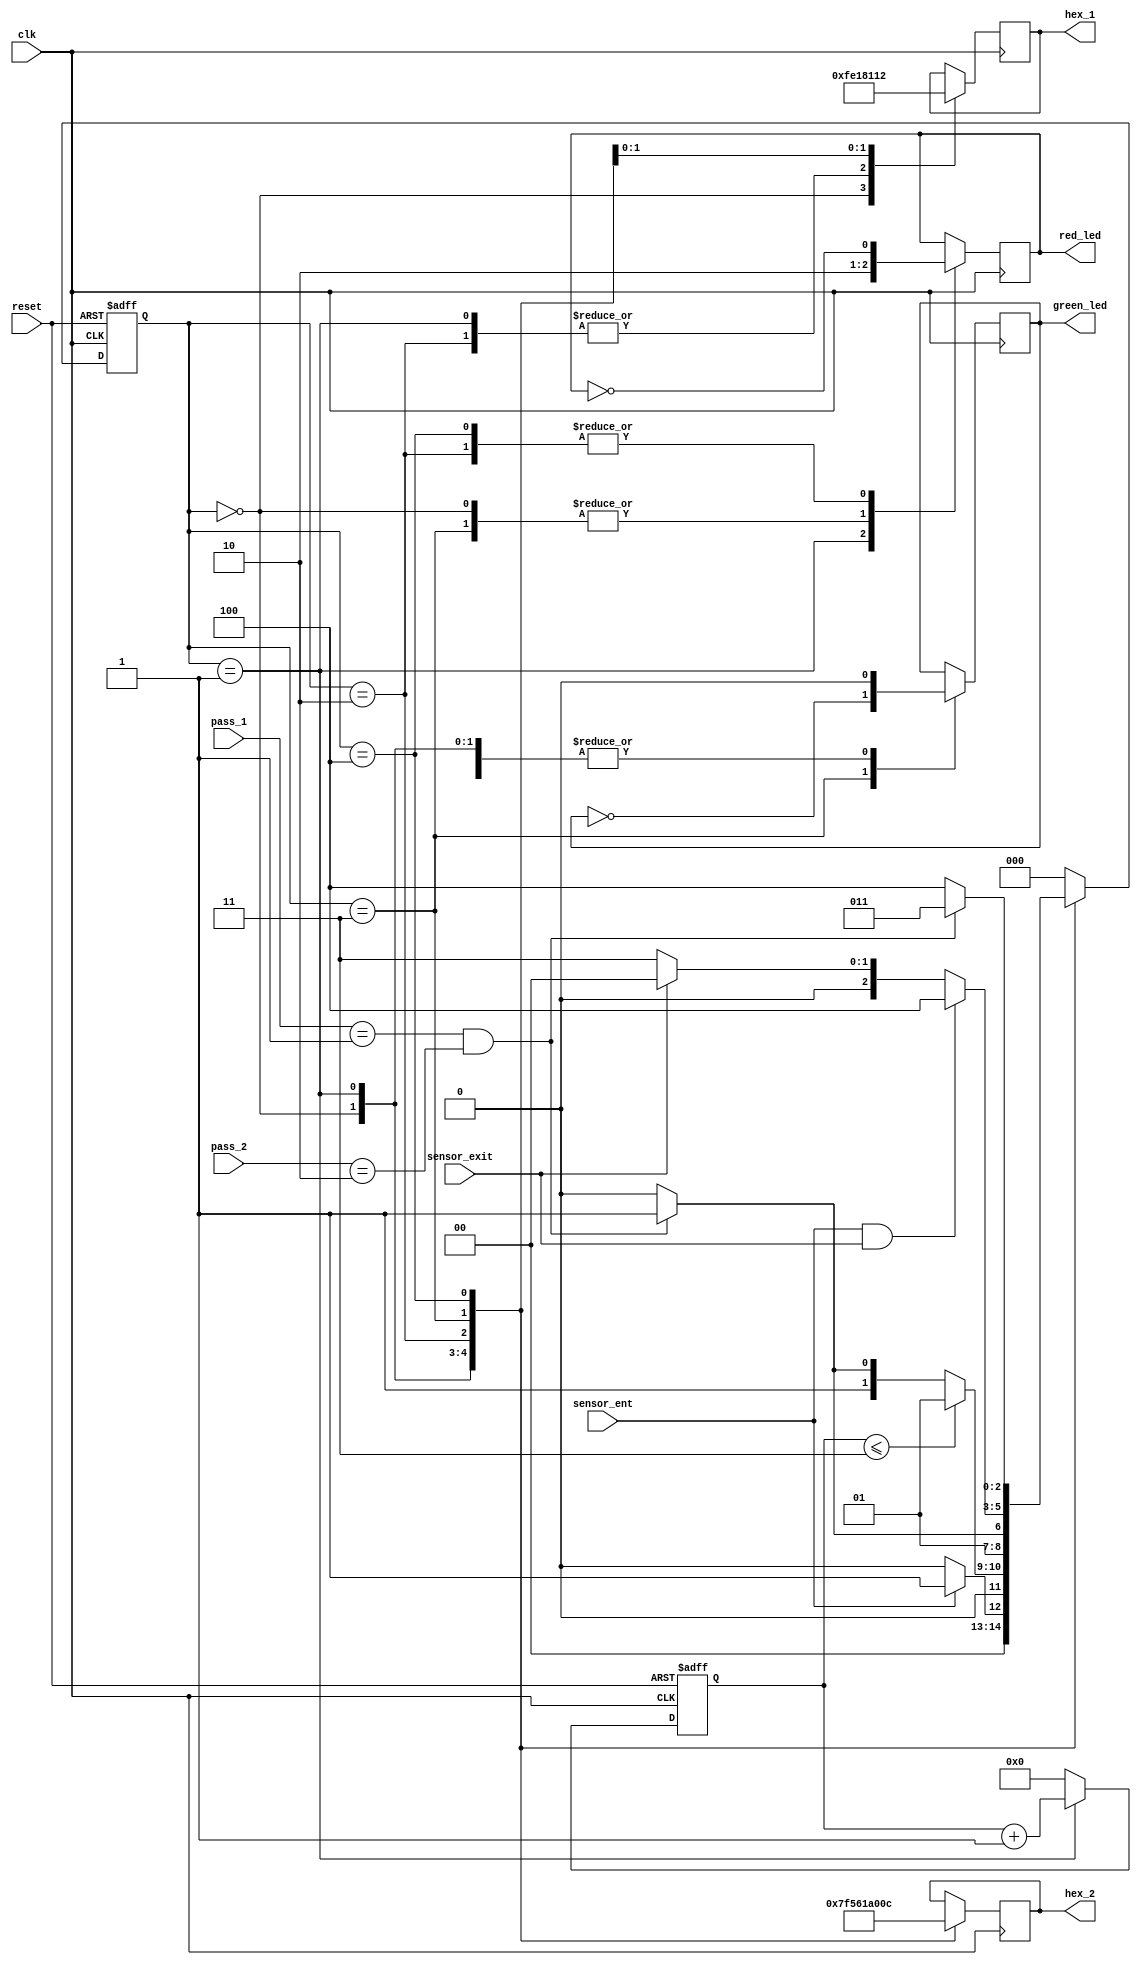
module parking_sys(
input clk,reset,
input sensor_ent,sensor_exit,
input[1:0] pass_1,pass_2,
output wire green_led,red_led,
output reg [6:0] hex_1,hex_2
);
parameter idle=3'b000,wait_pass=3'b001,wrong_pass=3'b010,right_pass=3'b011,stop=3'b100;
//moore fsm
reg[2:0] current_state,next_state;
reg[31:0] counter_wait;
reg red_tmp,green_tmp;

//next state
always@(posedge clk or negedge reset)
begin
if(~reset)
current_state=idle;
else
current_state=next_state;
end

//counter_wait
always@(posedge clk or negedge reset)
begin
if(~reset)
counter_wait<=0;
else if(current_state==wait_pass)
counter_wait<=counter_wait+1;
else
counter_wait<=0;
end

//change state
always@(*)
begin
case(current_state)
idle:begin
if(sensor_ent==1)
next_state=wait_pass;
else
next_state=idle;
end

wait_pass:begin
if(counter_wait<=3)
next_state=wait_pass;
else
begin
if((pass_1==2'b01)&&(pass_2==2'b10))
next_state=right_pass;
else
next_state=wrong_pass;
end
end

wrong_pass:begin                                                        
if((pass_1==2'b01)&&(pass_2==2'b10))
next_state=right_pass;
else
next_state=wrong_pass;
end

right_pass:begin
if(sensor_ent==1 && sensor_exit==1)
next_state=stop;
else if(sensor_exit==1)
next_state=idle;
else
next_state=right_pass;
end

stop:begin
if((pass_1==2'b01)&&(pass_2==2'b10))
next_state=right_pass;
else
next_state=stop;
end
default:next_state=idle;
endcase
end

//LEDs and output
always@(posedge clk)
begin
case(current_state)
idle:begin
green_tmp=1'b0;
red_tmp=1'b0;
hex_1=7'b1111111;
hex_2=7'b1111111;
end

wait_pass:begin
green_tmp=1'b0;
red_tmp=1'b1;
hex_1=7'b000_0110;
hex_2=7'b010_1011;
end

wrong_pass:begin
green_tmp=1'b0;
red_tmp=~red_tmp;
hex_1=7'b000_0110;
hex_2=7'b000_0110;
end

right_pass:begin
green_tmp=~green_tmp;
red_tmp=1'b0;
hex_1=7'b000_0010;
hex_2=7'b100_0000;
end

stop:begin
green_tmp=1'b0;
red_tmp=~red_tmp;
hex_1=7'b001_0010;
hex_2=7'b000_1100;
end
endcase
end
assign red_led=red_tmp;
assign green_led=green_tmp;
endmodule